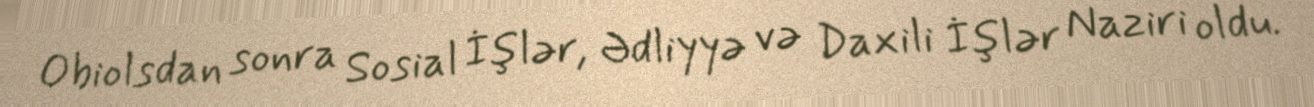
Obiolsdan sonra Sosial İşlər, Ədliyyə və Daxili İşlər Naziri oldu.